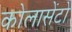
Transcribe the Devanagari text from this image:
कोलासेंटो